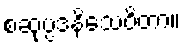
စဆုပ္ပဒနိသေဝိတာ။